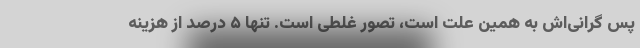
پس گرانی‌اش به همین علت است، تصور غلطی است. تنها ۵ درصد از هزینه